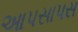
આપસાપસ